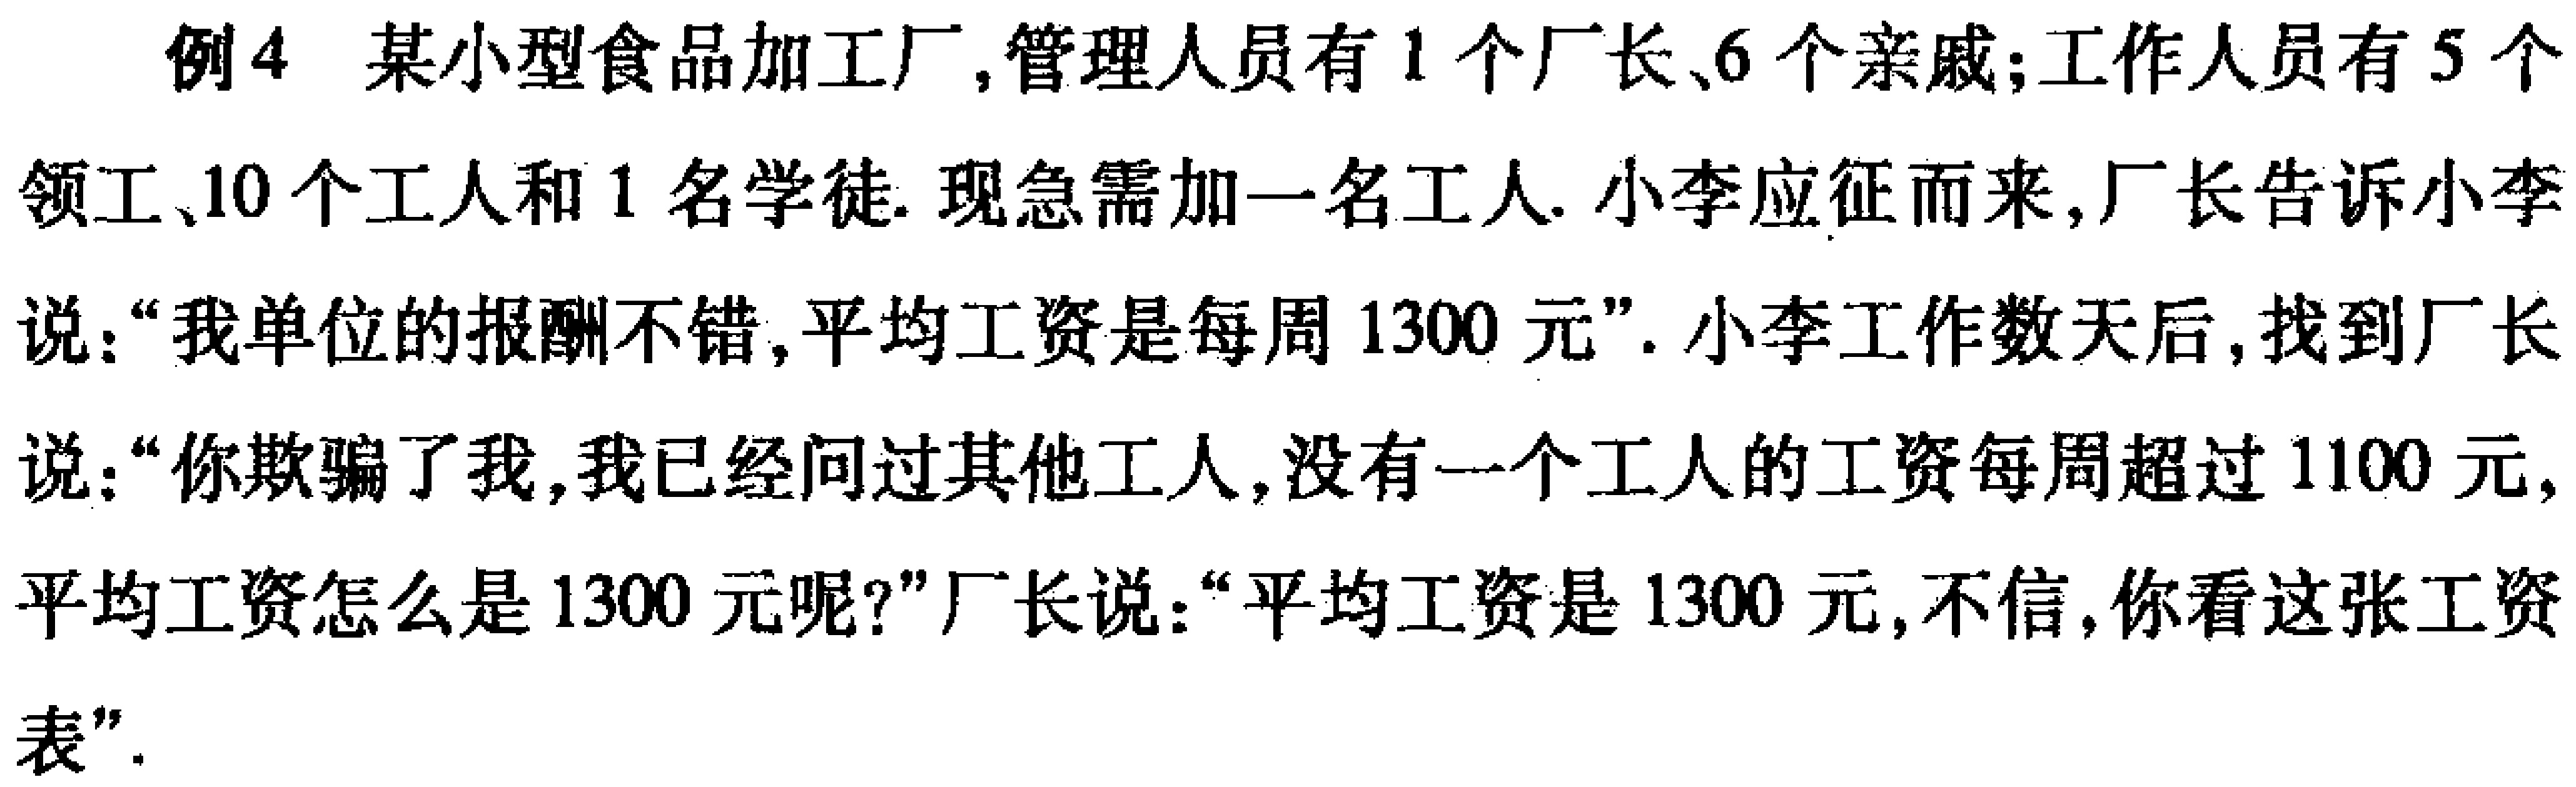
例4 某小型食品加工厂,管理人员有1个厂长、6个亲戚;工作人员有5个领工、10个工人和1名学徒. 现急需加一名工人. 小李应征而来,厂长告诉小李说：“我单位的报酬不错,平均工资是每周1300元”. 小李工作数天后,找到厂长说：“你欺骗了我,我已经问过其他工人,没有一个工人的工资每周超过1100元,平均工资怎么是1300元呢?”厂长说：“平均工资是1300元,不信,你看这张工资表”.